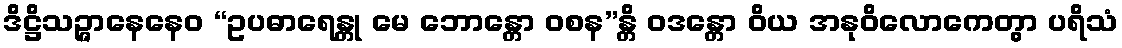
ဒိဋ္ဌိသဉ္ဇာနေနေဝ “ဥပဓာရေန္တု မေ ဘောန္တော ဝစန”န္တိ ဝဒန္တော ဝိယ အနုဝိလောကေတွာ ပရိသံ